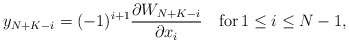
\begin{align*}y_{N+K-i}=(-1)^{i+1} \frac{\partial W_{N+K-i}}{\partial x_i }\quad{\rm for}\, 1 \leq i \leq N-1,\end{align*}